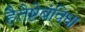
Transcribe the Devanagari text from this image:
हैतेष्टेबंविधा